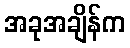
အခုအချိန်က